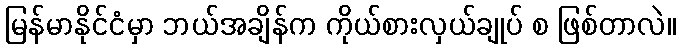
မြန်မာနိုင်ငံမှာ ဘယ်အချိန်က ကိုယ်စားလှယ်ချုပ် စ ဖြစ်တာလဲ။